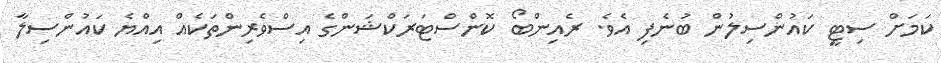
ކަމަށް ސިޓީ ކައުންސިލުން ބުނެފި އެވެ. ރެއިންބޯ ކޮންސްޓަރަކްޝަންގެ އިސްވެރިންތަކެއް އިއްޔެ ކައުންސިލާ